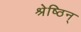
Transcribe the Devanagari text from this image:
श्रेष्ठिन्